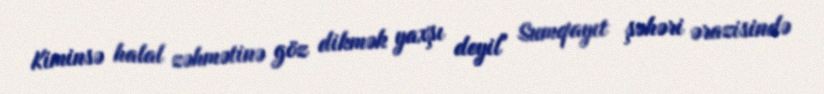
Kiminsə halal zəhmətinə göz dikmək yaxşı deyil" Sumqayıt şəhəri ərazisində